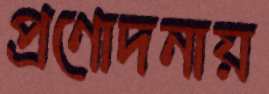
প্রণোদনায়